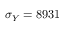
\sigma _ { Y } = 8 9 3 1